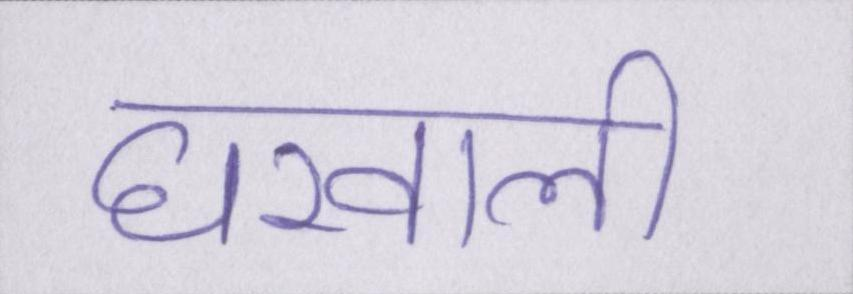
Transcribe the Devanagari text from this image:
घरवाली